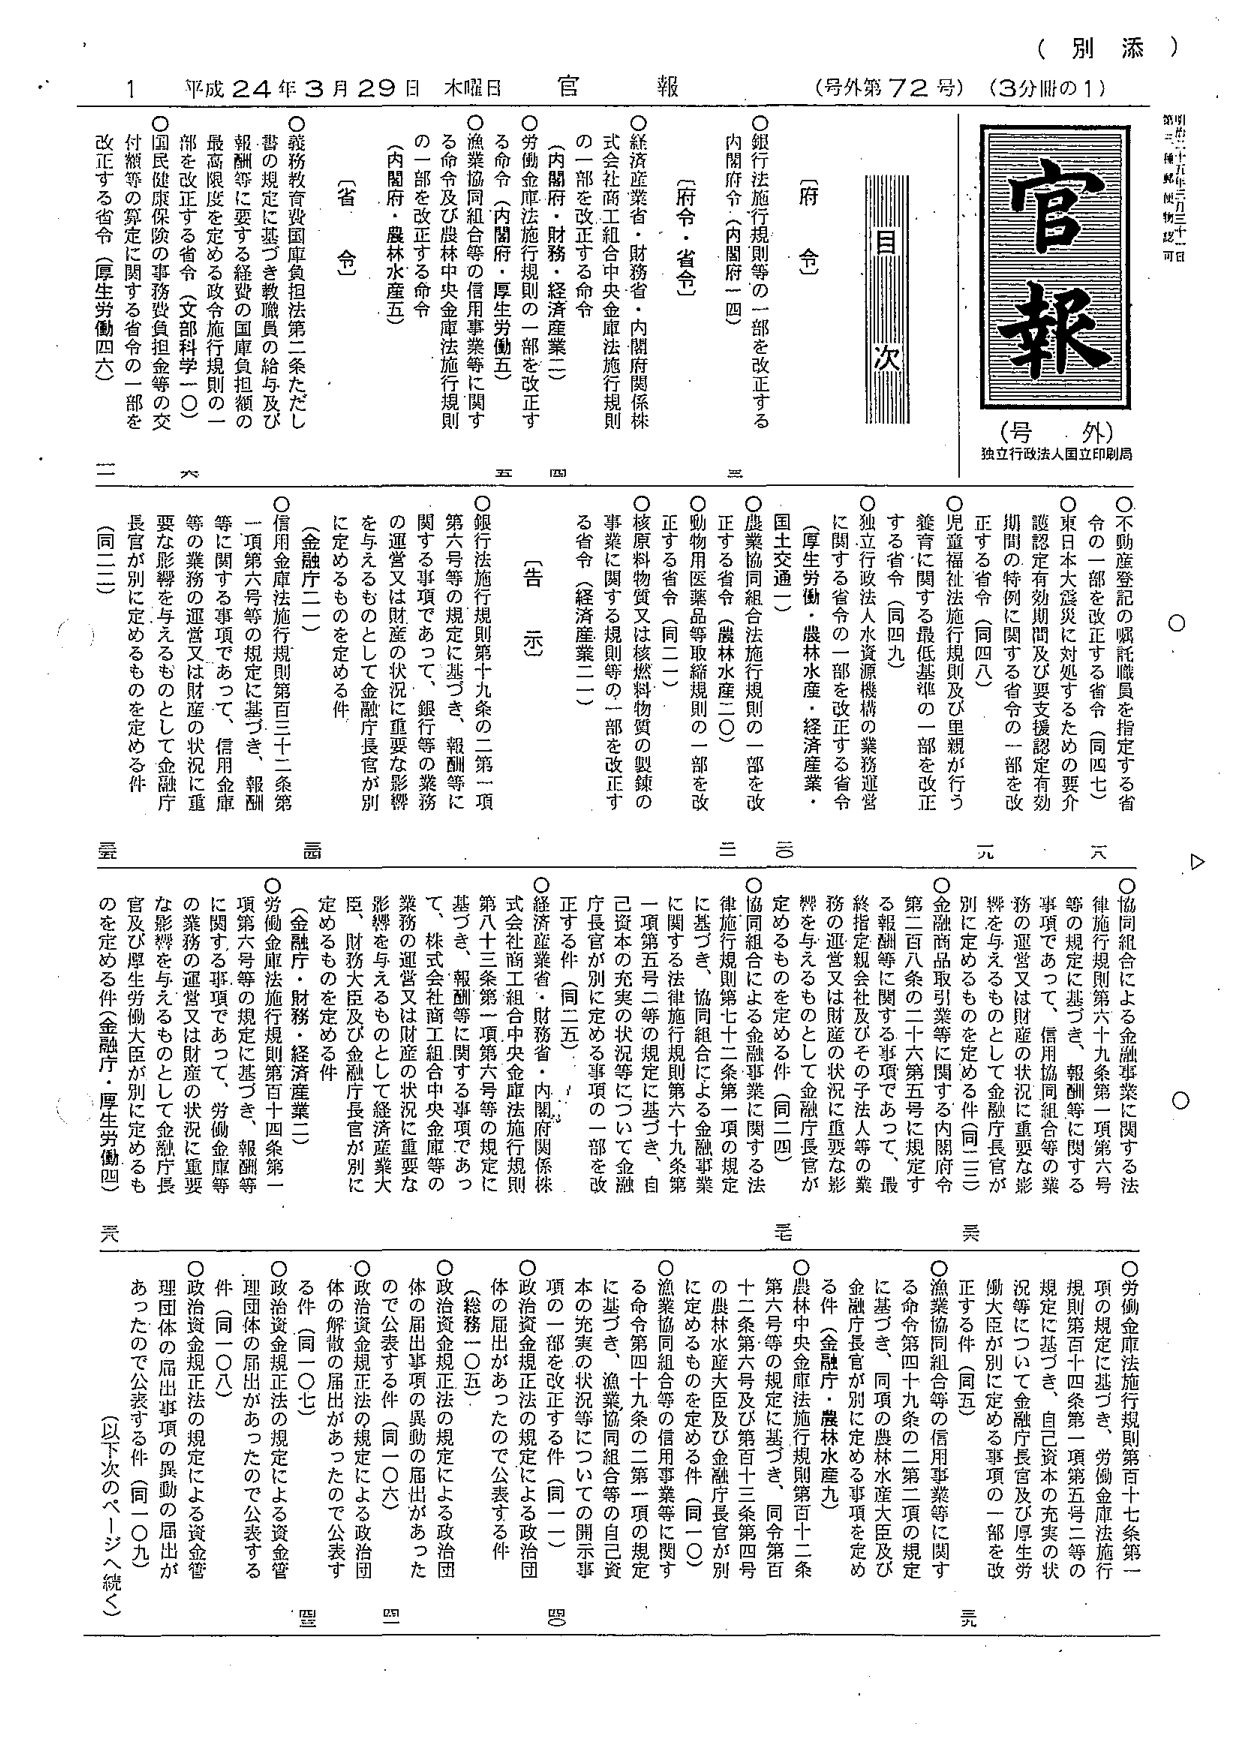
（別 添）

平成 24 年 3 月 29 日 木曜日 官 報 （号外第 72 号）（3分冊の1）

官 報
（号 外）
独立行政法人国立印刷局

目 次

○不動産登記の嘱託職員を指定する省令の一部を改正する省令（同四七）
○東日本大震災に対処するための要介護認定有効期間及び要支援認定有効期間の特例に関する省令の一部を改正する省令（同四八）
○児童福祉法施行規則及び里親が行う養育に関する最低基準の一部を改正する省令（同四九）
○独立行政法人水資源機構の業務運営に関する省令の一部を改正する省令（厚生労働・農林水産・経済産業・国土交通）

○銀行法施行規則等の一部を改正する内閣府令（内閣府一四）

○産業協同組合法施行規則の一部を改正する省令（農林水産二〇）
○動物用医薬品等取締規則の一部を改正する省令（同二一）
○核原料物質又は核燃料物質の製錬の事業に関する規則等の一部を改正する省令（経済産業二二）

○経済産業省・財務省・内閣府関係株式会社商工組合中央金庫法施行規則の一部を改正する令

○労働金庫法施行規則の一部を改正する命令（内閣府・厚生労働五）
○漁業協同組合等の信用事業等に関する命令及び農林中央金庫法施行規則の一部を改正する命令（内閣府・農林水産五）

〔省 令〕

○義務教育費国庫負担法第二条ただし書の規定に基づき教職員の給与及び報酬等に要する経費の国庫負担額の最高限度を定める政令施行規則の一部を改正する省令（文部科学一〇）
○国民健康保険の事務費負担金等の交付額等の算定に関する省令の一部を改正する省令（厚生労働四六）

〔告 示〕

○銀行法施行規則第十九条の二第一項第六号等の規定に基づき、報酬等に関する事項であって、銀行等の業務の運営又は財産の状況に重要な影響を与えるものとして金融庁長官が別に定めるものを定める件（金融庁二一）
○信用金庫法施行規則第三百三十二条第一項第六号等の規定に基づき、報酬等に関する事項であって、信用金庫等の業務の運営又は財産の状況に重要な影響を与えるものとして金融庁長官が別に定める件（同二二）
○労働金庫法施行規則第百十四条第一項第六号等の規定に基づき、報酬等に関する事項であって、労働金庫等の業務の運営又は財産の状況に重要な影響を与えるものとして金融庁長官及び厚生労働大臣が別に定めるものを定める件（金融庁・厚生労働四）

○協同組合による金融事業に関する法律施行規則第六十九条第一項第六号等の規定に基づき、報酬等に関する事項であって、信用協同組合等の業務の運営又は財産の状況に重要な影響を与えるものとして金融庁長官が別に定めるものを定める件（同二三）
○金融商品取引業等に関する内閣府令第二百八条の二十六第五号に規定する報酬等に関する事項であって、最終指定親会社及びその子法人等の業務の運営又は財産の状況に重要な影響を与えるものとして金融庁長官が別に定めるものを定める件（同二四）
○協同組合による金融事業に関する法律施行規則第七十二条第一項の規定に基づき、協同組合による金融事業に関する法律施行規則第六十九条第一項第五号二等の規定に基づき、自己資本の充実の状況等について金融庁長官が別に定める事項の一部を改正する件（同二五）
○経済産業省・財務省・内閣府関係株式会社商工組合中央金庫法施行規則第八十三条第一項第六号等の規定に基づき、報酬等に関する事項であって、株式会社商工組合中央金庫等の業務の運営又は財産の状況に重要な影響を与えるものとして経済産業大臣、財務大臣及び金融庁長官が別に定めるものを定める件（金融庁・財務・経済産業二）

○労働金庫法施行規則第百十七条第一項の規定に基づき、労働金庫法施行規則第百十四条第一項第五号二等の規定に基づき、自己資本の充実の状況等について金融庁長官及び厚生労働大臣が別に定める事項の一部を改正する件（同五）
○漁業協同組合等の信用事業等に関する命令第四十九条の二第二項の規定に基づき、同項の農林水産大臣及び金融庁長官が別に定める事項を定める件（金融庁長官・農林水産九）
○農林中央金庫法施行規則第百十二条第六号及び第百十三条第四号の農林水産大臣及び金融庁長官が別に定めるものを定める件（同一〇）
○漁業協同組合等の信用事業等に関する命令第四十九条の二第一項の規定に基づき、漁業協同組合等の自己資本の充実の状況等についての開示事項の一部を改正する件（同一一）
○政治資金規正法の規定による政治団体の届出があったので公表する件（総務一〇五）
○政治資金規正法の規定による政治団体の届出事項の異動の届出があったので公表する件（同一〇六）
○政治資金規正法の規定による政治団体の解散の届出があったので公表する件（同一〇七）
○政治資金規正法の規定による資金管理団体の届出があったので公表する件（同一〇八）
○政治資金規正法の規定による資金管理団体の届出事項の異動の届出があったので公表する件（同一〇九）（以下次のページへ続く）

明治二十七年三月三十一日
第百二十二種郵便物認可